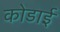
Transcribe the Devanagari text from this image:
कोडाई